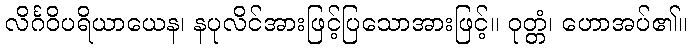
လိင်္ဂဝိပရိယာယေန၊ နပုလိင်အားဖြင့်ပြသောအားဖြင့်။ ဝုတ္တံ၊ ဟောအပ်၏။